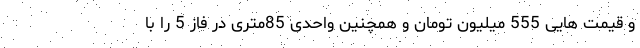
و قیمت هایی 555 میلیون تومان و همچنین واحدی 85متری در فاز 5 را با